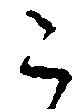
こ